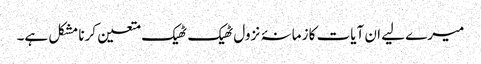
میرے لیے ان آیات کا زمانۂ نزول ٹھیک ٹھیک متعین کرنا مشکل ہے۔